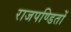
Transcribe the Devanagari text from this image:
राजपण्डितों